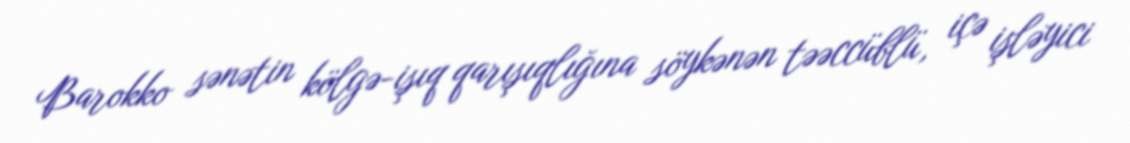
Barokko sənətin kölgə-işıq qarışıqlığına söykənən təəccüblü, içə işləyici